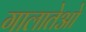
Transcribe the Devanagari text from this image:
गालातेओ